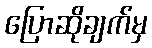
ပြောဆိုချက်မှ